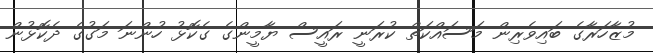
މުޒާހަރާގެ ބައިވެރިން މަސައްކަތް ކުރަނީ ރައީސް ޔާމީންގެ ގެކޮޅު ހުންނަ މަގުގެ ދެކޮޅުން